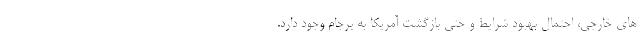
های خارجی، احتمال بهبود شرایط و حتی بازگشت آمریکا به برجام وجود دارد.